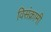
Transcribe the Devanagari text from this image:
विसंक्रामी